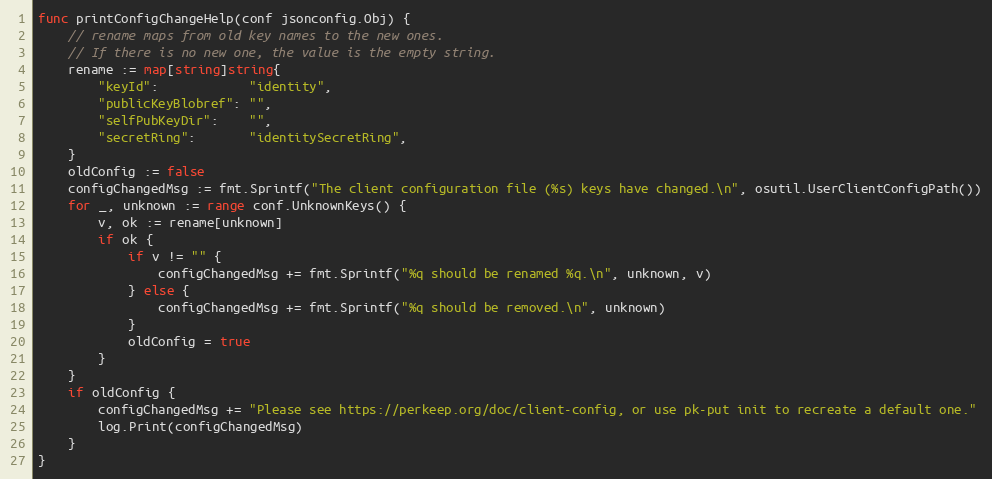
Language: Go
func printConfigChangeHelp(conf jsonconfig.Obj) {
	// rename maps from old key names to the new ones.
	// If there is no new one, the value is the empty string.
	rename := map[string]string{
		"keyId":            "identity",
		"publicKeyBlobref": "",
		"selfPubKeyDir":    "",
		"secretRing":       "identitySecretRing",
	}
	oldConfig := false
	configChangedMsg := fmt.Sprintf("The client configuration file (%s) keys have changed.\n", osutil.UserClientConfigPath())
	for _, unknown := range conf.UnknownKeys() {
		v, ok := rename[unknown]
		if ok {
			if v != "" {
				configChangedMsg += fmt.Sprintf("%q should be renamed %q.\n", unknown, v)
			} else {
				configChangedMsg += fmt.Sprintf("%q should be removed.\n", unknown)
			}
			oldConfig = true
		}
	}
	if oldConfig {
		configChangedMsg += "Please see https://perkeep.org/doc/client-config, or use pk-put init to recreate a default one."
		log.Print(configChangedMsg)
	}
}